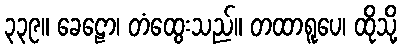
၃၃၉။ ခေဠော၊ တံထွေးသည်။ တထာရူပေ၊ ထိုသို့